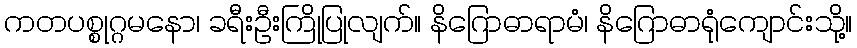
ကတပစ္စုဂ္ဂမနော၊ ခရီးဦးကြိုပြုလျက်။ နိဂြောဓာရာမံ၊ နိဂြောဓာရုံကျောင်းသို့။